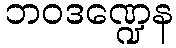
ဘဝဒဏ္ဍေန